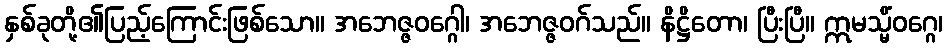
နှစ်ခုတို့၏ပြည့်ကြောင်းဖြစ်သော။ အဘေဇ္ဇဝဂ္ဂေါ၊ အဘေဇ္ဇဝဂ်သည်။ နိဋ္ဌိတော၊ ပြီးပြီ။ ဣမသ္မိံဝဂ္ဂေ၊